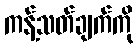
ကန့်သတ်ချက်ကို